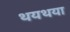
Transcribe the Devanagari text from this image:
थयथया